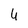
Character: U